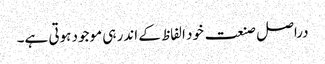
دراصل صنعت خود الفاظ کے اندر ہی موجود ہوتی ہے۔